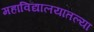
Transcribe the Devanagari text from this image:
महाविद्यालयातल्या